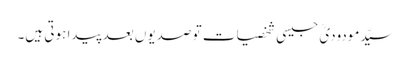
سیّدمودودیؒ جیسی شخصیات تو صدیوں بعد پیدا ہوتی ہیں۔